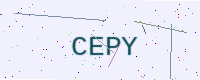
Text: CEPY